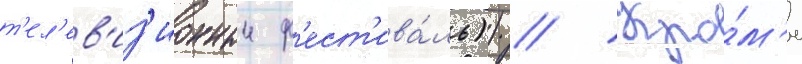
т'ел'ев'из'ионныи ф'ест'ива́ль)) // Кро́м'е